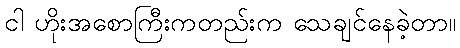
ငါ ဟိုးအစောကြီးကတည်းက သေချင်နေခဲ့တာ။